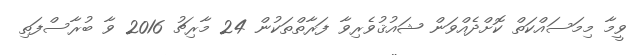
ވީމާ މިމަސައްކަތް ކޮށްދެއްވަން ޝައުޤުވެރިވާ ފަރާތްތަކުން 24 މާރިޗު 2016 ވާ ބުރާސްފަތި